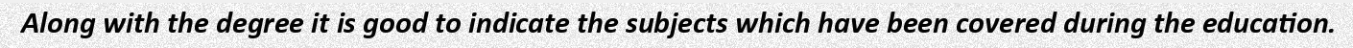
Along with the degree it is good to indicate the subjects which have been covered during the education.